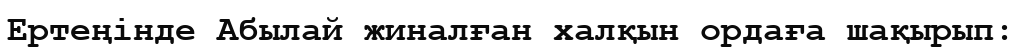
Ертеңінде Абылай жиналған халқын ордаға шақырып: